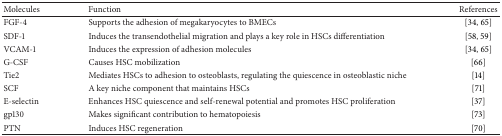
| Molecules | Function | References |
 | --- | --- | --- |
 | FGF-4 | Supports the adhesion of megakaryocytes to BMECs | [34, 65] |
 | SDF-1 | Induces the transendothelial migration and plays a key role in HSCs differentiation | [58, 59] |
 | VCAM-1 | Induces the expression of adhesion molecules | [34, 65] |
 | G-CSF | Causes HSC mobilization | [66] |
 | Tie2 | Mediates HSCs to adhesion to osteoblasts, regulating the quiescence in osteoblastic niche | [14] |
 | SCF | A key niche component that maintains HSCs | [71] |
 | E-selectin | Enhances HSC quiescence and self-renewal potential and promotes HSC proliferation | [37] |
 | gp130 | Makes significant contribution to hematopoiesis | [73] |
 | PTN | Induces HSC regeneration | [70] |